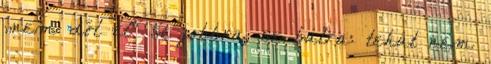
„nem dől el” se jobbra, se balra: tehát nem